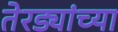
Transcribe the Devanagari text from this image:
तेरड्यांच्या